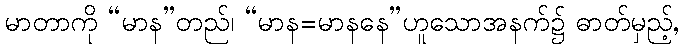
မာတာကို “မာန”တည်၊ “မာန=မာနနေ”ဟူသောအနက်၌ ဓာတ်မှည့်,